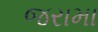
જરામા